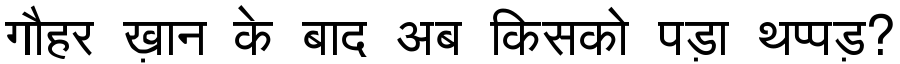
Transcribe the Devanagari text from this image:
गौहर ख़ान के बाद अब किसको पड़ा थप्पड़?